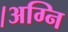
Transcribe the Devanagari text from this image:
।अग्नि